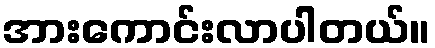
အားကောင်းလာပါတယ်။